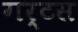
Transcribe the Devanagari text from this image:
गर्टस